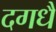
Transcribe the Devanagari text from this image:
दगधै